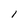
Character: l